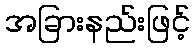
အခြားနည်းဖြင့်